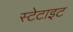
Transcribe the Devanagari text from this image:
स्टेटाइट